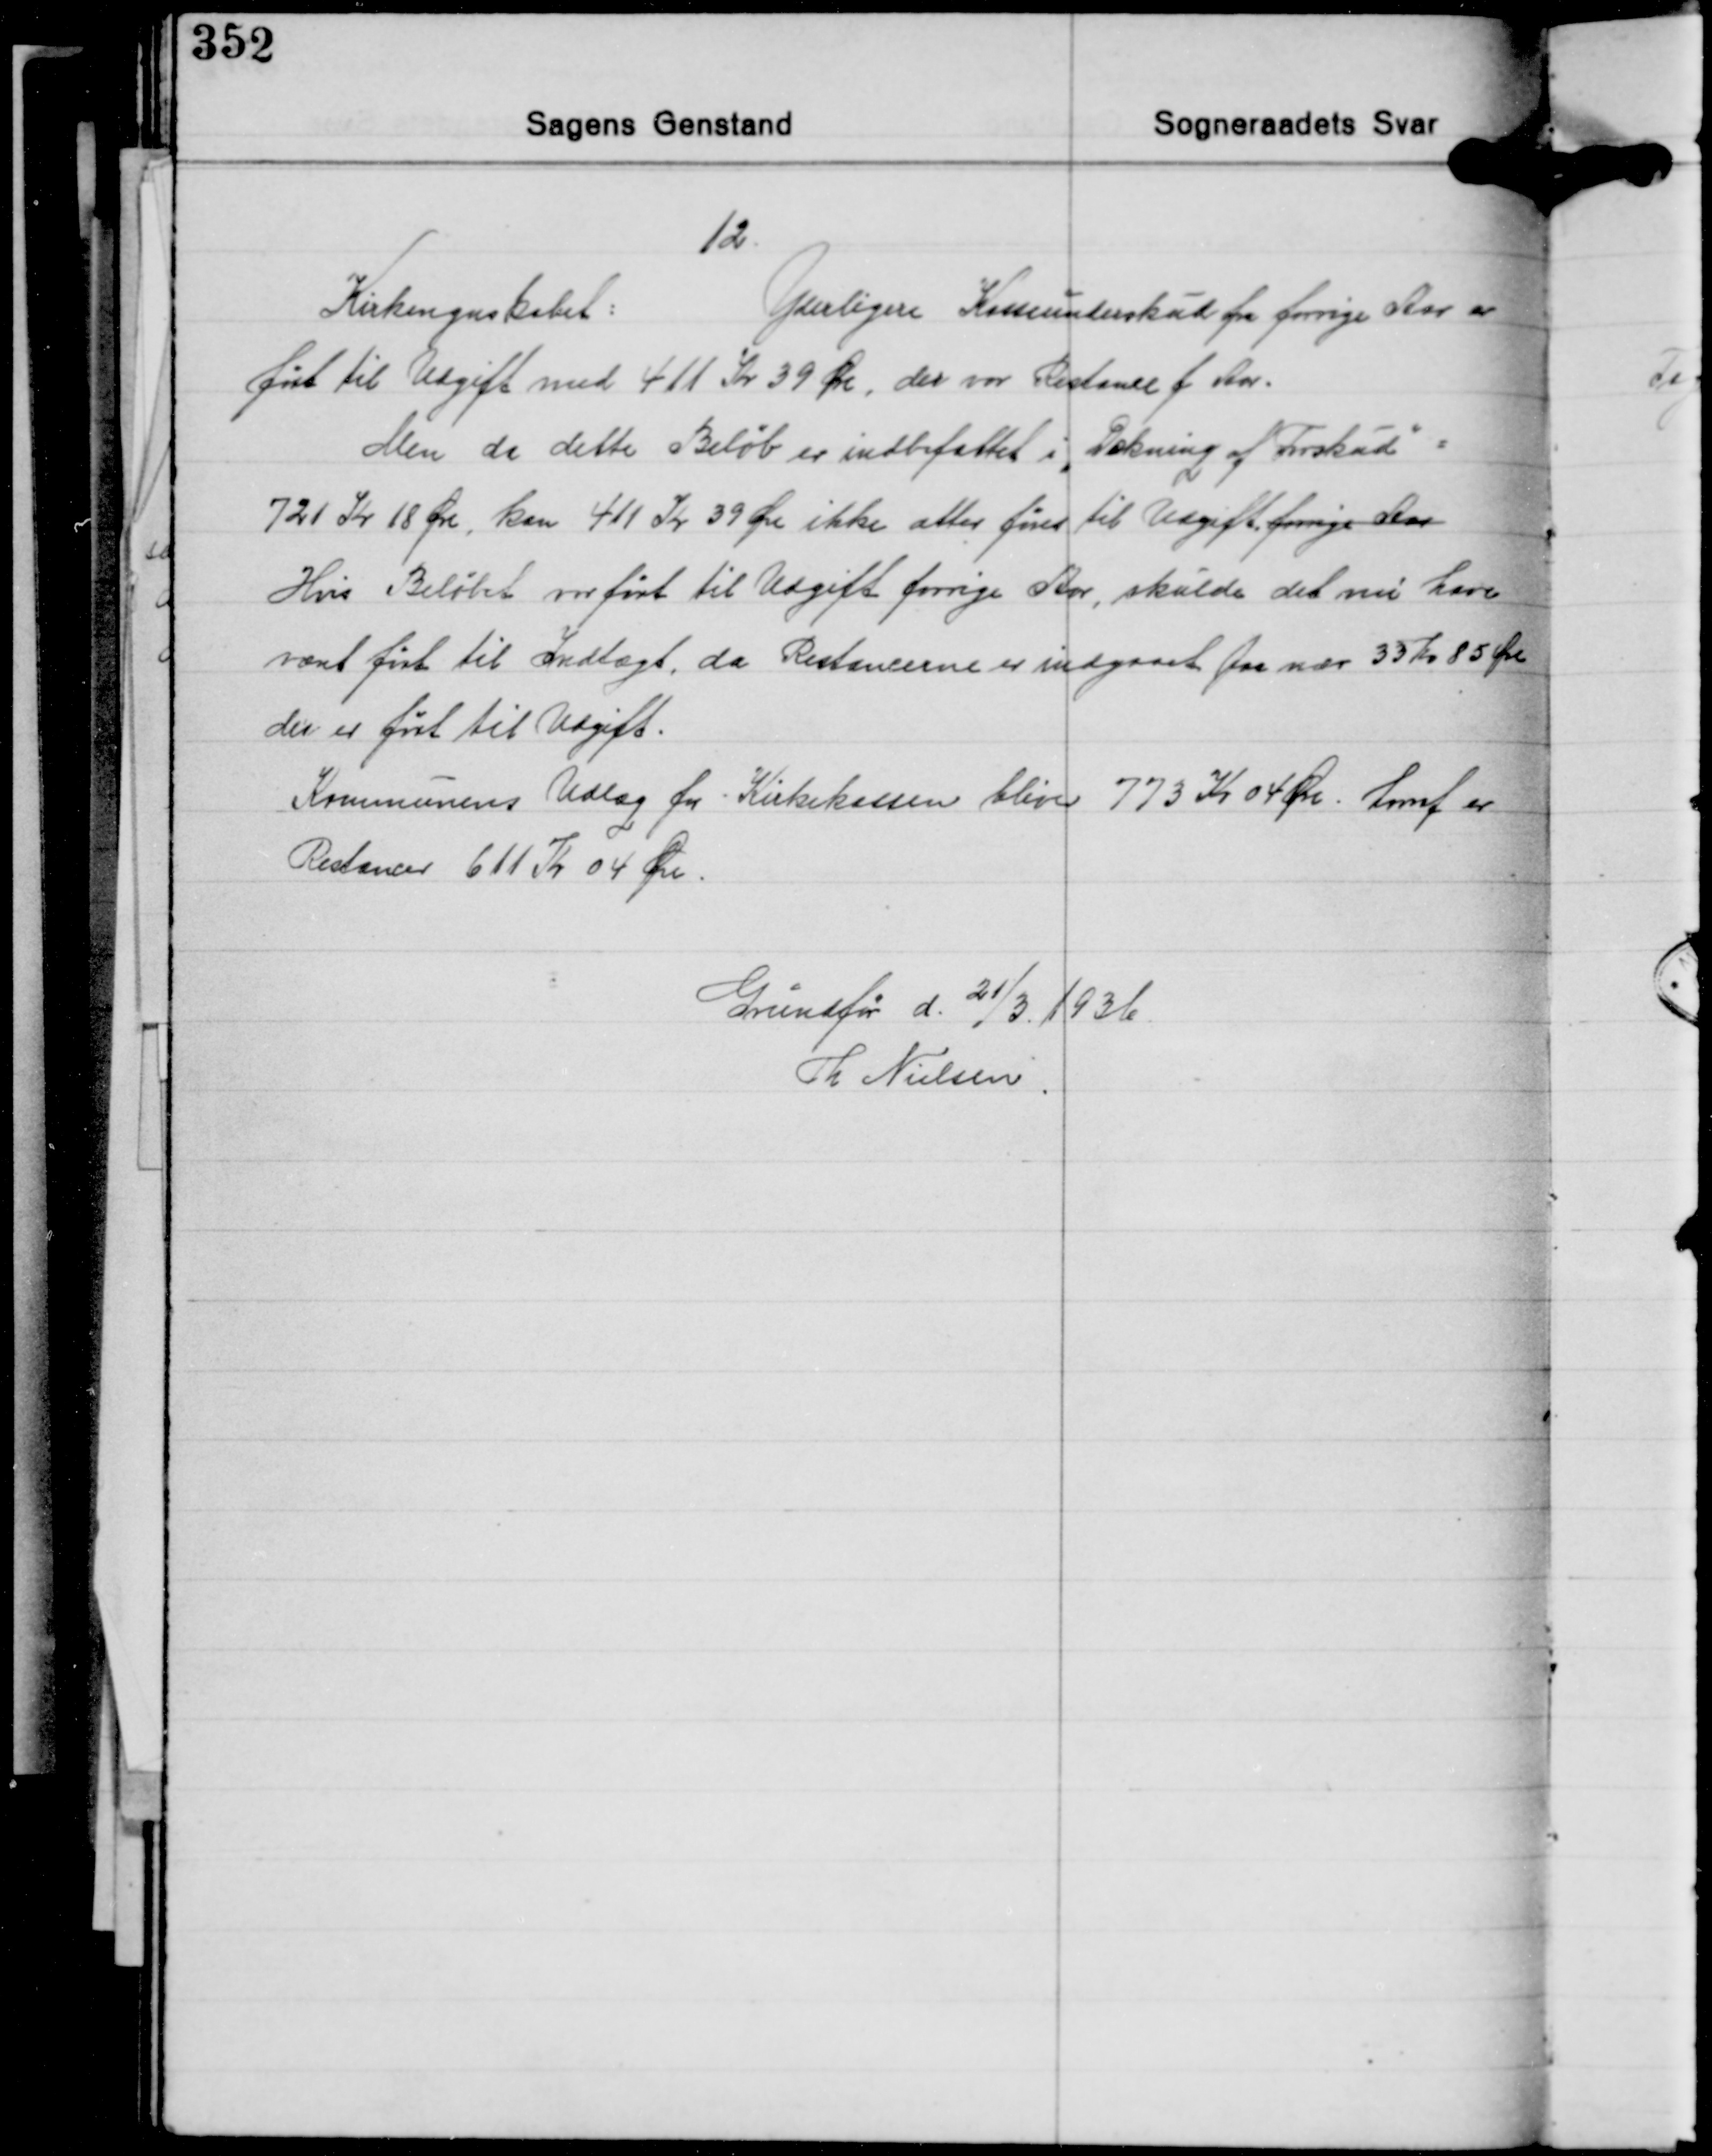
Transskription:
12.
Kirkeregnskabet:
Yderligere Kasseunderskud fra forrige Aar er
ført til Udgift med 411 Kr. 39 Øre, der var Restance f. Aar.
Men da dette Beløb er indbefattet i "Dækning af Forskud" =
721 Kr. 18 Øre, kan 411 Kr. 39 Øre ikke atter føres til Udgift forrige Aar
Hvis Beløbet var ført til Udgift forrige Aar, skulde det nu have
været ført til Indtægt, da Restancerne er indgaaet paa nær 33 Kr. 85 Øre
der er ført til Udgift.
Kommunens Udlæg for Kirkekassen bliver 773 Kr. 04 Øre, hvoraf er
Restancer 611 Kr. 04 Øre.

Grundfør d. 21/3. 1936.
Th. Nielsen